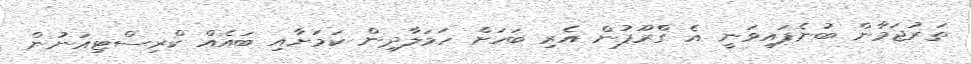
ތަރުޖަމާން ބުނެފައިވަނީ އެ ގްރޫޕުން އެރި ބަހަށް ހަމަލާދިން ކަމަށާއި ބައެއް ކްރިސްޓިއަނުން